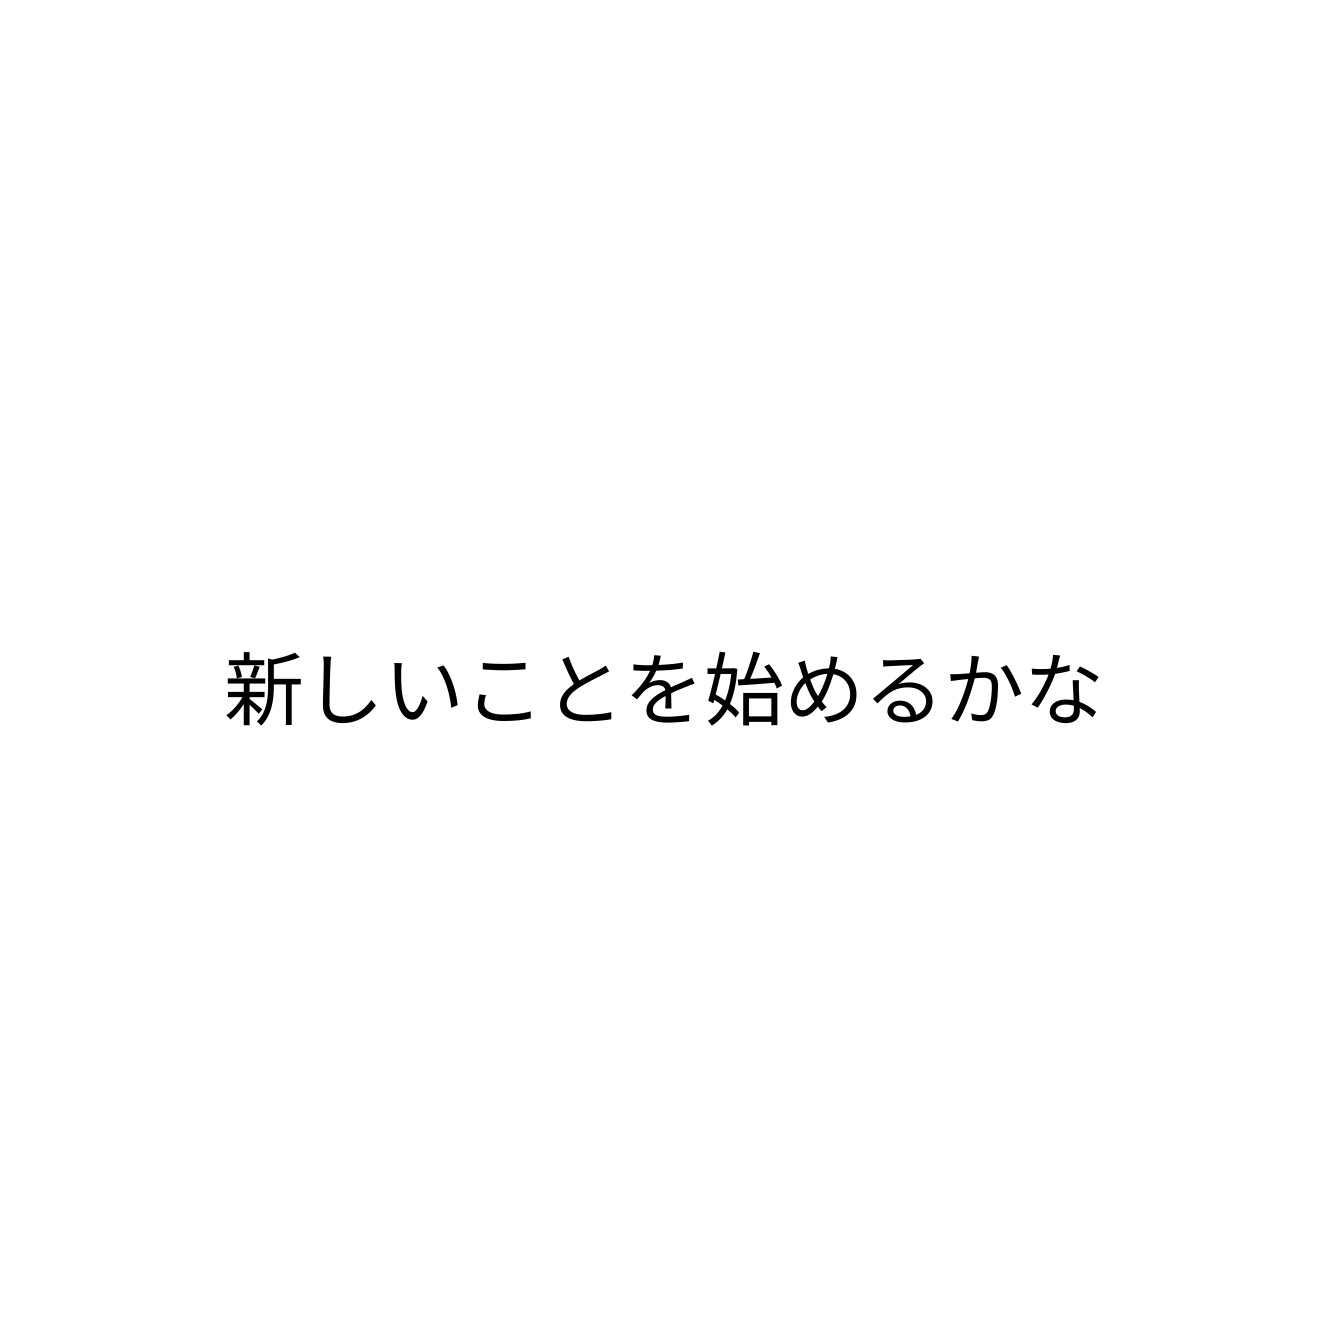
新しいことを始めるかな